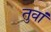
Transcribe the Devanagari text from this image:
तुवां